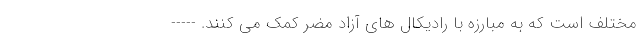
مختلف است که به مبارزه با رادیکال های آزاد مضر کمک می کنند. -----